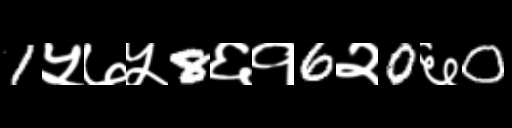
Text: 1५७५8६१6२0६0